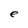
Character: e